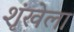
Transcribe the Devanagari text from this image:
शृंखेला